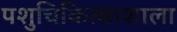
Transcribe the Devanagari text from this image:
पशुचिकित्साशाला